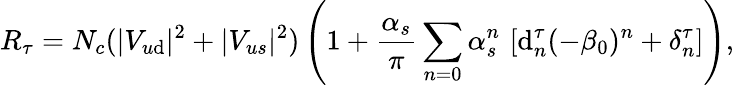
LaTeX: R_{\tau}=N_{c}(|V_{u\mathrm{d}}|^{2}+|V_{us}|^{2})\left(1+\frac{{\alpha_{s}}}{{\pi}}\sum_{n=0}\alpha_{s}^{n}\, \left[\mathrm{d}_{n}^{\tau}(-\beta_{0})^{n}+\delta_{n}^{\tau}\right]\right),